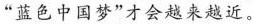
的”蓝色中国梦”才会越来越近。